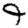
Digit: 9